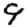
Digit: 9